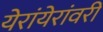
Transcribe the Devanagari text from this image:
येरांयेरांवरी